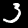
Label: 3